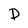
Character: D